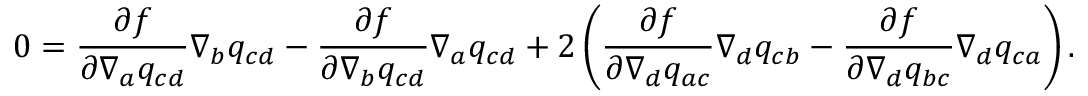
0 = \frac { \partial f } { \partial \nabla _ { a } q _ { c d } } \nabla _ { b } q _ { c d } - \frac { \partial f } { \partial \nabla _ { b } q _ { c d } } \nabla _ { a } q _ { c d } + 2 \left( \frac { \partial f } { \partial \nabla _ { d } q _ { a c } } \nabla _ { d } q _ { c b } - \frac { \partial f } { \partial \nabla _ { d } q _ { b c } } \nabla _ { d } q _ { c a } \right) .